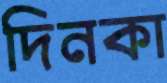
দিনকা